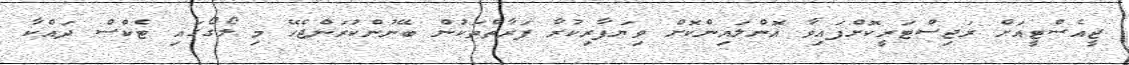
ޖީއެސްޓީއަށް ރަޖިސްޓަރީކޮށްފައިވާ އޮންލައިންކޮށް ވިޔަފާރިކުރާ ފަރާތްތަކުން ބޭނުންކުރަންޖެހޭ މި ލޯގޯގައި ޓެކްސް ދައްކާ